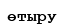
өтыру